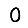
Digit: 0